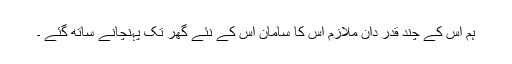
ہم اس کے چند قدر دان ملازم اس کا سامان اس کے نئے گھر تک پہنچانے ساتھ گئے ۔